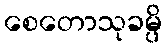
စေတောသုခမ္ပိ